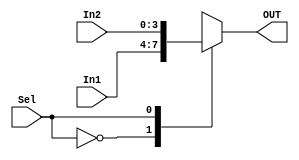
module MUX2(In1, In2, Sel, OUT);
input [3:0] In1, In2;
input Sel;
output [3:0] OUT;
reg [3:0] OUT;

always @(*) begin
    case(Sel)
        1'b0 : OUT = In1;
        1'b1 : OUT = In2;
    endcase
end
endmodule